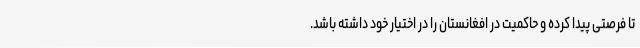
تا فرصتی پیدا کرده و حاکمیت در افغانستان را در اختیار خود داشته باشد.